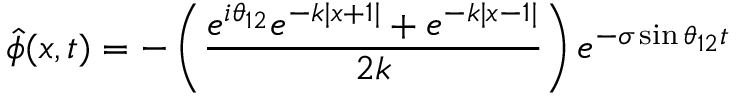
\hat { \phi } ( x , t ) = - \left( \frac { e ^ { i \theta _ { 1 2 } } e ^ { - k | x + 1 | } + e ^ { - k | x - 1 | } } { 2 k } \right) e ^ { - \sigma \sin \theta _ { 1 2 } t }